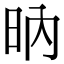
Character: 𣅚